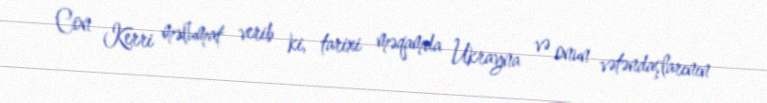
Con Kerri məlumat verib ki, tarixi məqamda Ukrayna və onun vətəndaşlarının